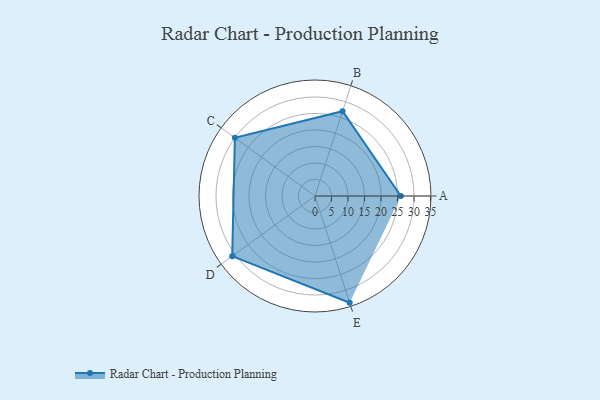
{"axis": {"x": "Skill", "y": "Score"}, "legend": ["Profile"], "data": [{"x": "A", "y": 26.0, "type": "Profile"}, {"x": "B", "y": 27.0, "type": "Profile"}, {"x": "C", "y": 30.0, "type": "Profile"}, {"x": "D", "y": 31.0, "type": "Profile"}, {"x": "E", "y": 34.0, "type": "Profile"}]}